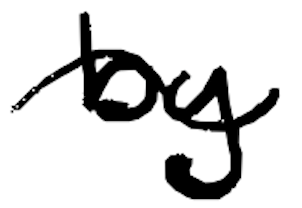
Text: by
Cross-out: wave
Writing tool: digital_black